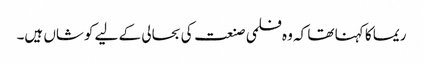
ریما کا کہنا تھا کہ وہ فلمی صنعت کی بحالی کے لیے کوشاں ہیں۔